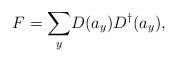
LaTeX: \begin{align*}F=\underset{y}{\sum }D(a_{y})D^{\dagger }(a_{y}),\end{align*}